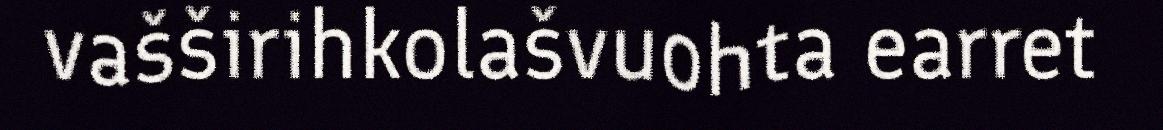
vašširihkolašvuohta earret